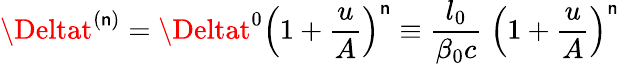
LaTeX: \Deltat^{(\mathsf{n})}=\Deltat^{0}\left(1+\frac{{u}}{{A}}\right)^{\mathsf{n}}\equiv\frac{{l_{0}}}{{\beta_{0}c}}\; \left(1+\frac{{u}}{{A}}\right)^{\mathsf{n}}